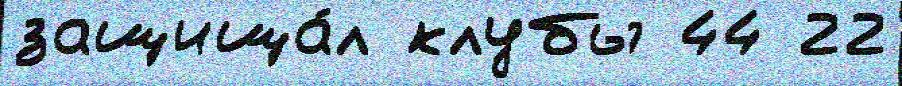
защища́л клубы 44 22